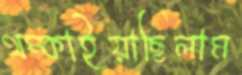
থম্‌কাইয়াছিলাম